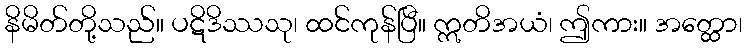
နိမိတ်တို့သည်။ ပဋိဒိဿသု၊ ထင်ကုန်ပြီ။ ဣတိအယံ၊ ဤကား။ အတ္ထော၊